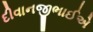
દીવાનજીભાઈએ